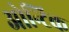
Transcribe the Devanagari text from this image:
ओन्टिक